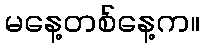
မနေ့တစ်နေ့က။